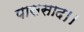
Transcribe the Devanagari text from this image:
पाससाद।।